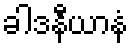
ခါဒနီယာနံ